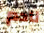
نادم